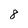
Character: 8